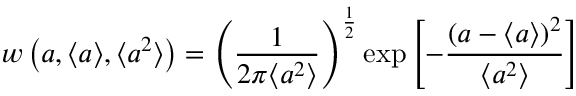
w \left( a , \langle a \rangle , \langle a ^ { 2 } \rangle \right) = \left( \frac { 1 } { 2 \pi \langle a ^ { 2 } \rangle } \right) ^ { \frac { 1 } { 2 } } \exp { \left[ - \frac { ( a - { \langle a \rangle } ) ^ { 2 } } { \langle a ^ { 2 } \rangle } \right] }